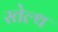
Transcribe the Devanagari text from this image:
स्तेल्थ